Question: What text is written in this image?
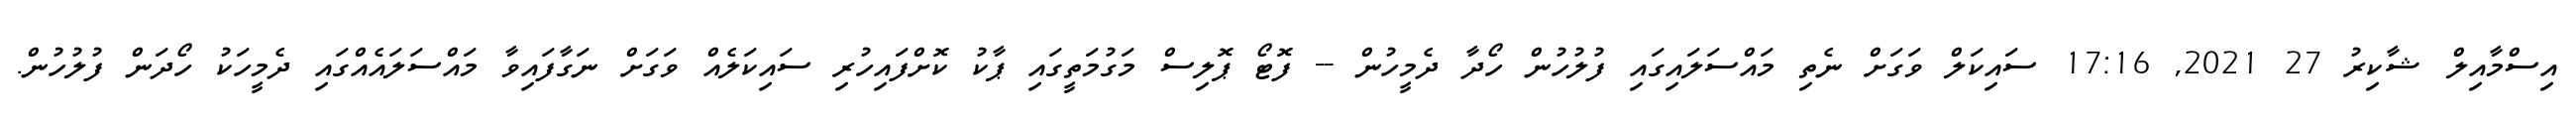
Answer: އިސްމާއިލް ޝާކިރު 27 2021, 17:16 ސައިކަލް ވަގަށް ނެތި މައްސަލައިގައި ފުލުހުން ހޯދާ ދެމީހުން -- ފޮޓޯ ޕޮލިސް މަގުމަތީގައި ޕާކު ކޮށްފައިހުރި ސައިކަލެއް ވަގަށް ނަގާފައިވާ މައްސަލައެއްގައި ދެމީހަކު ހޯދަން ފުލުހުން.